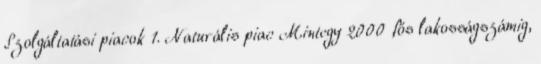
Szolgáltatási piacok 1. Naturális piac Mintegy 2000 fős lakosságszámig,